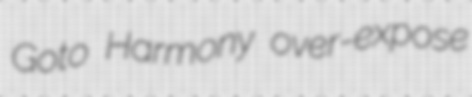
Goto Harmony over-expose